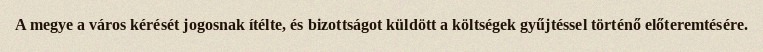
A megye a város kérését jogosnak ítélte, és bizottságot küldött a költségek gyűjtéssel történő előteremtésére.